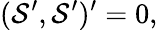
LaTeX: ({\cal S}^{\prime},{\cal S}^{\prime})^{\prime}=0,